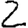
Digit: 2